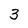
Character: 3